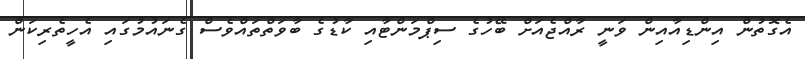
އެގޮތުން އިންޑިއާއިން ވަނީ ރާއްޖެެއަށް ބޭހުގެ ސިޕްމަންޓާއި ކާޑުގެ ބާވަތްތައްވެސް ގެނައުމުގައި އެހީތެރިކަން